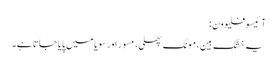
آ ئیسوفلیوون :
یہ خشک بین، مونگ پھلی، مسور اور سویا میں پایا جاتا ہے۔